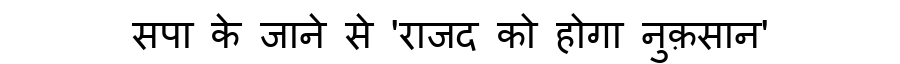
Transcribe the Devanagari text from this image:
सपा के जाने से 'राजद को होगा नुक़सान'